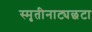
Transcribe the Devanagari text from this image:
स्मृतीनाट्यछटा